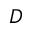
D